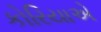
કોરિયાએ